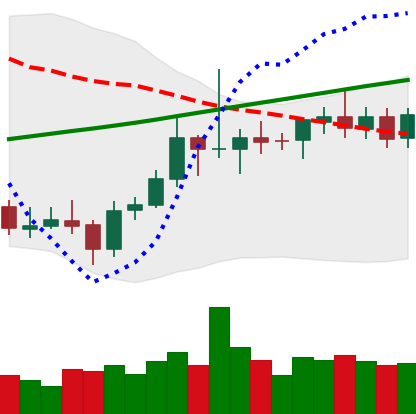
Ticker: ETC-USD
Chart end date: 2021-08-04
Forward return: 14.618%
Label: up_7plus